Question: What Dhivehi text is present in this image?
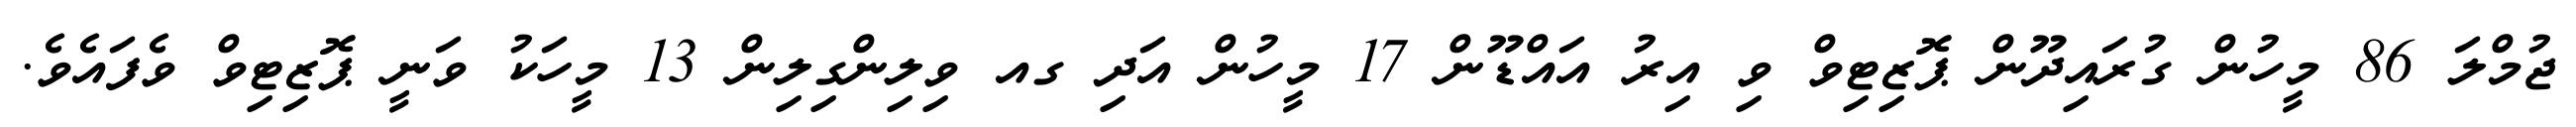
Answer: ޖުމްލަ 86 މީހުން ގުރައިދޫން ޕޮޒިޓިވް ވި އިރު އައްޑޫން 17 މީހުން އަދި ގއ ވިލިންގިލިން 13 މީހަކު ވަނީ ޕޮޒިޓިވް ވެފައެވެ.